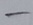
Text: -